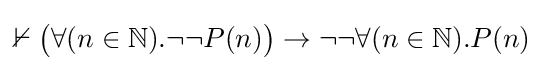
\nvdash {\big (}\forall (n\in {\mathbb {N} }).\neg \neg P(n){\big )}\to \neg \neg \forall (n\in {\mathbb {N} }).P(n)